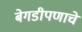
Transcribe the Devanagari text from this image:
बेगडीपणाचे